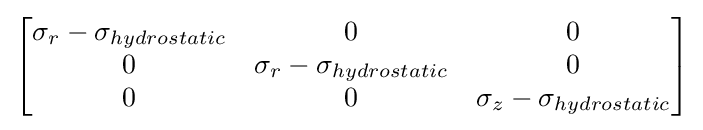
\left[{\begin{matrix}\sigma _{r}-\sigma _{hydrostatic}&0&0\\0&\sigma _{r}-\sigma _{hydrostatic}&0\\0&0&\sigma _{z}-\sigma _{hydrostatic}\\\end{matrix}}\right]